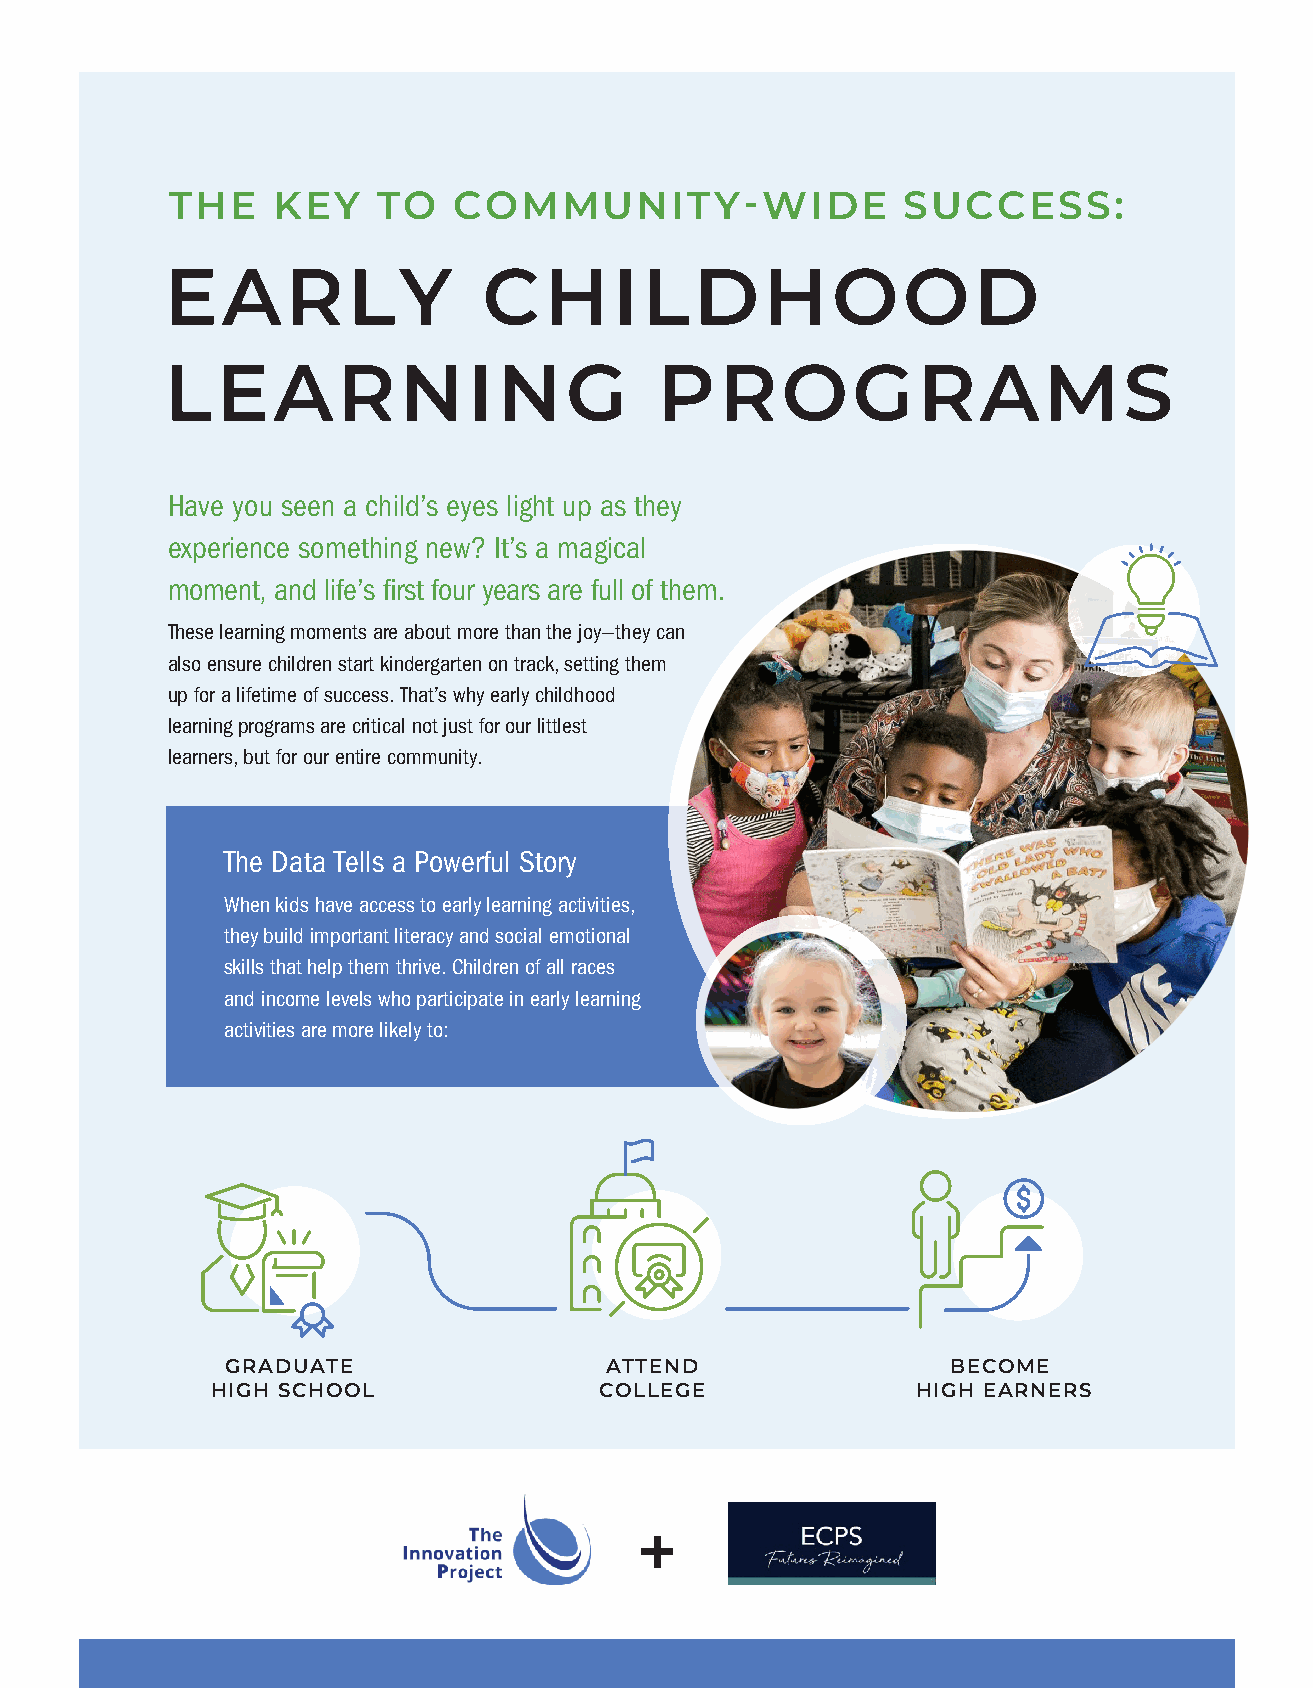
THE    KEY    TO   COMMUNITY-WIDE                SUCCESS:
 EARLY                CHILDHOOD
 LEARNING                         PROGRAMS
 Have you seen a child’s eyes light up as they
 experience something new? It’s a magical
 moment, and life’s first four years are full of them.
 These learning moments are about more than the joy—they can
 also ensure children start kindergarten on track, setting them
 up for a lifetime of success. That’s why early childhood
 learning programs are critical not just for our littlest
 learners, but for our entire community.
 The Data Tells a Powerful Story
 When kids have access to early learning activities,
 they build important literacy and social emotional
 skills that help them thrive. Children of all races
 and income levels who participate in early learning
 activities are more likely to:
 GRADUATE                 ATTEND                 BECOME
 HIGH SCHOOL               COLLEGE              HIGH EARNERS